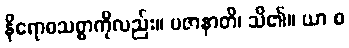
နိရောဓသစ္စာကိုလည်း။ ပဇာနာတိ၊ သိ၏။ ယာ စ